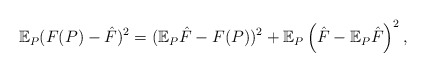
\begin{align*}\mathbb{E}_{P} (F(P) - \hat{F})^2 & = (\mathbb{E}_P \hat{F} - F(P))^2 + \mathbb{E}_P \left( \hat{F} - \mathbb{E}_P \hat{F}\right)^2,\end{align*}